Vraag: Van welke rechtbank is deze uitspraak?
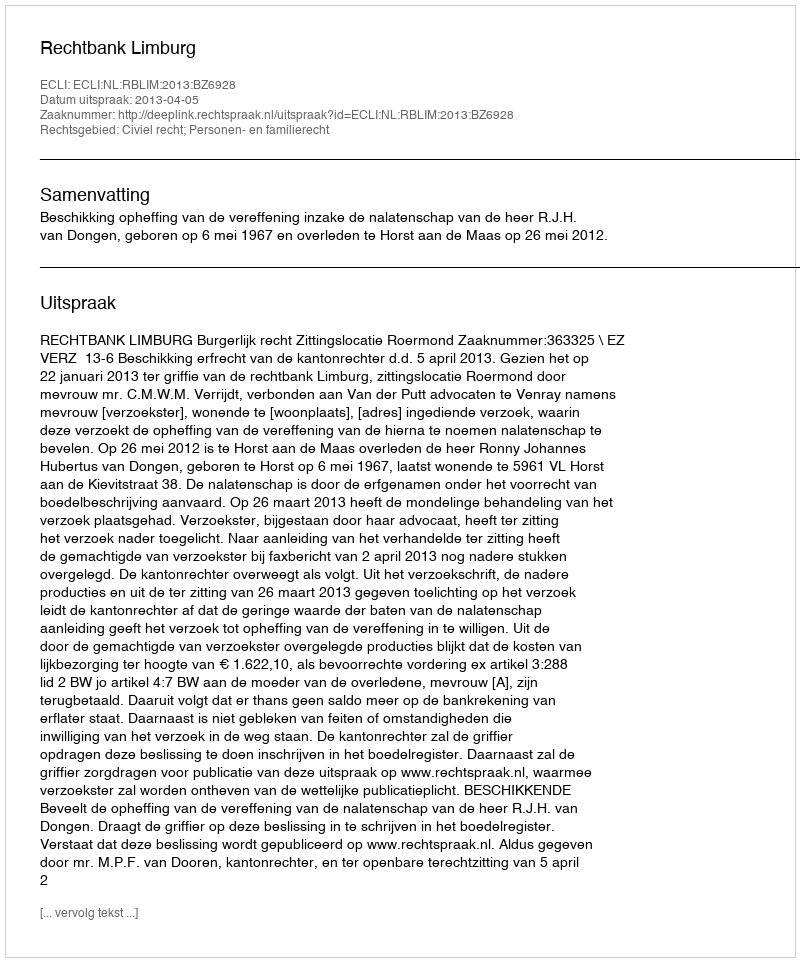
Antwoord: Rechtbank Limburg